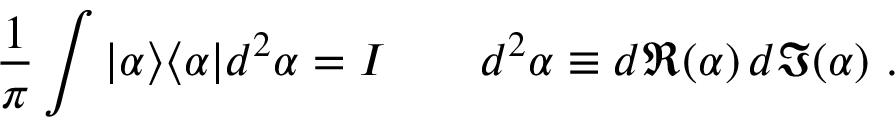
{ \frac { 1 } { \pi } } \int | \alpha \rangle \langle \alpha | d ^ { 2 } \alpha = I \qquad d ^ { 2 } \alpha \equiv d \Re ( \alpha ) \, d \Im ( \alpha ) ~ .